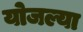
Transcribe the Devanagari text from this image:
योजल्या